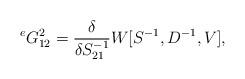
LaTeX: \begin{align*} {}^eG^{2}_{12}=\frac{\delta}{\delta S^{-1}_{21}}W[S^{-1},D^{-1},V],\end{align*}